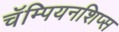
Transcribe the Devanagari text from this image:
चॅम्पियनशिप्स